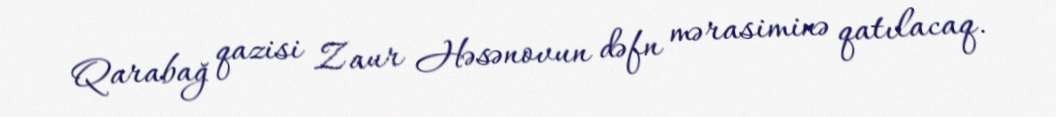
Qarabağ qazisi Zaur Həsənovun dəfn mərasiminə qatılacaq.